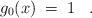
LaTeX: \begin{align*}g_0(x) \;=\; 1 \;\;\;.\end{align*}